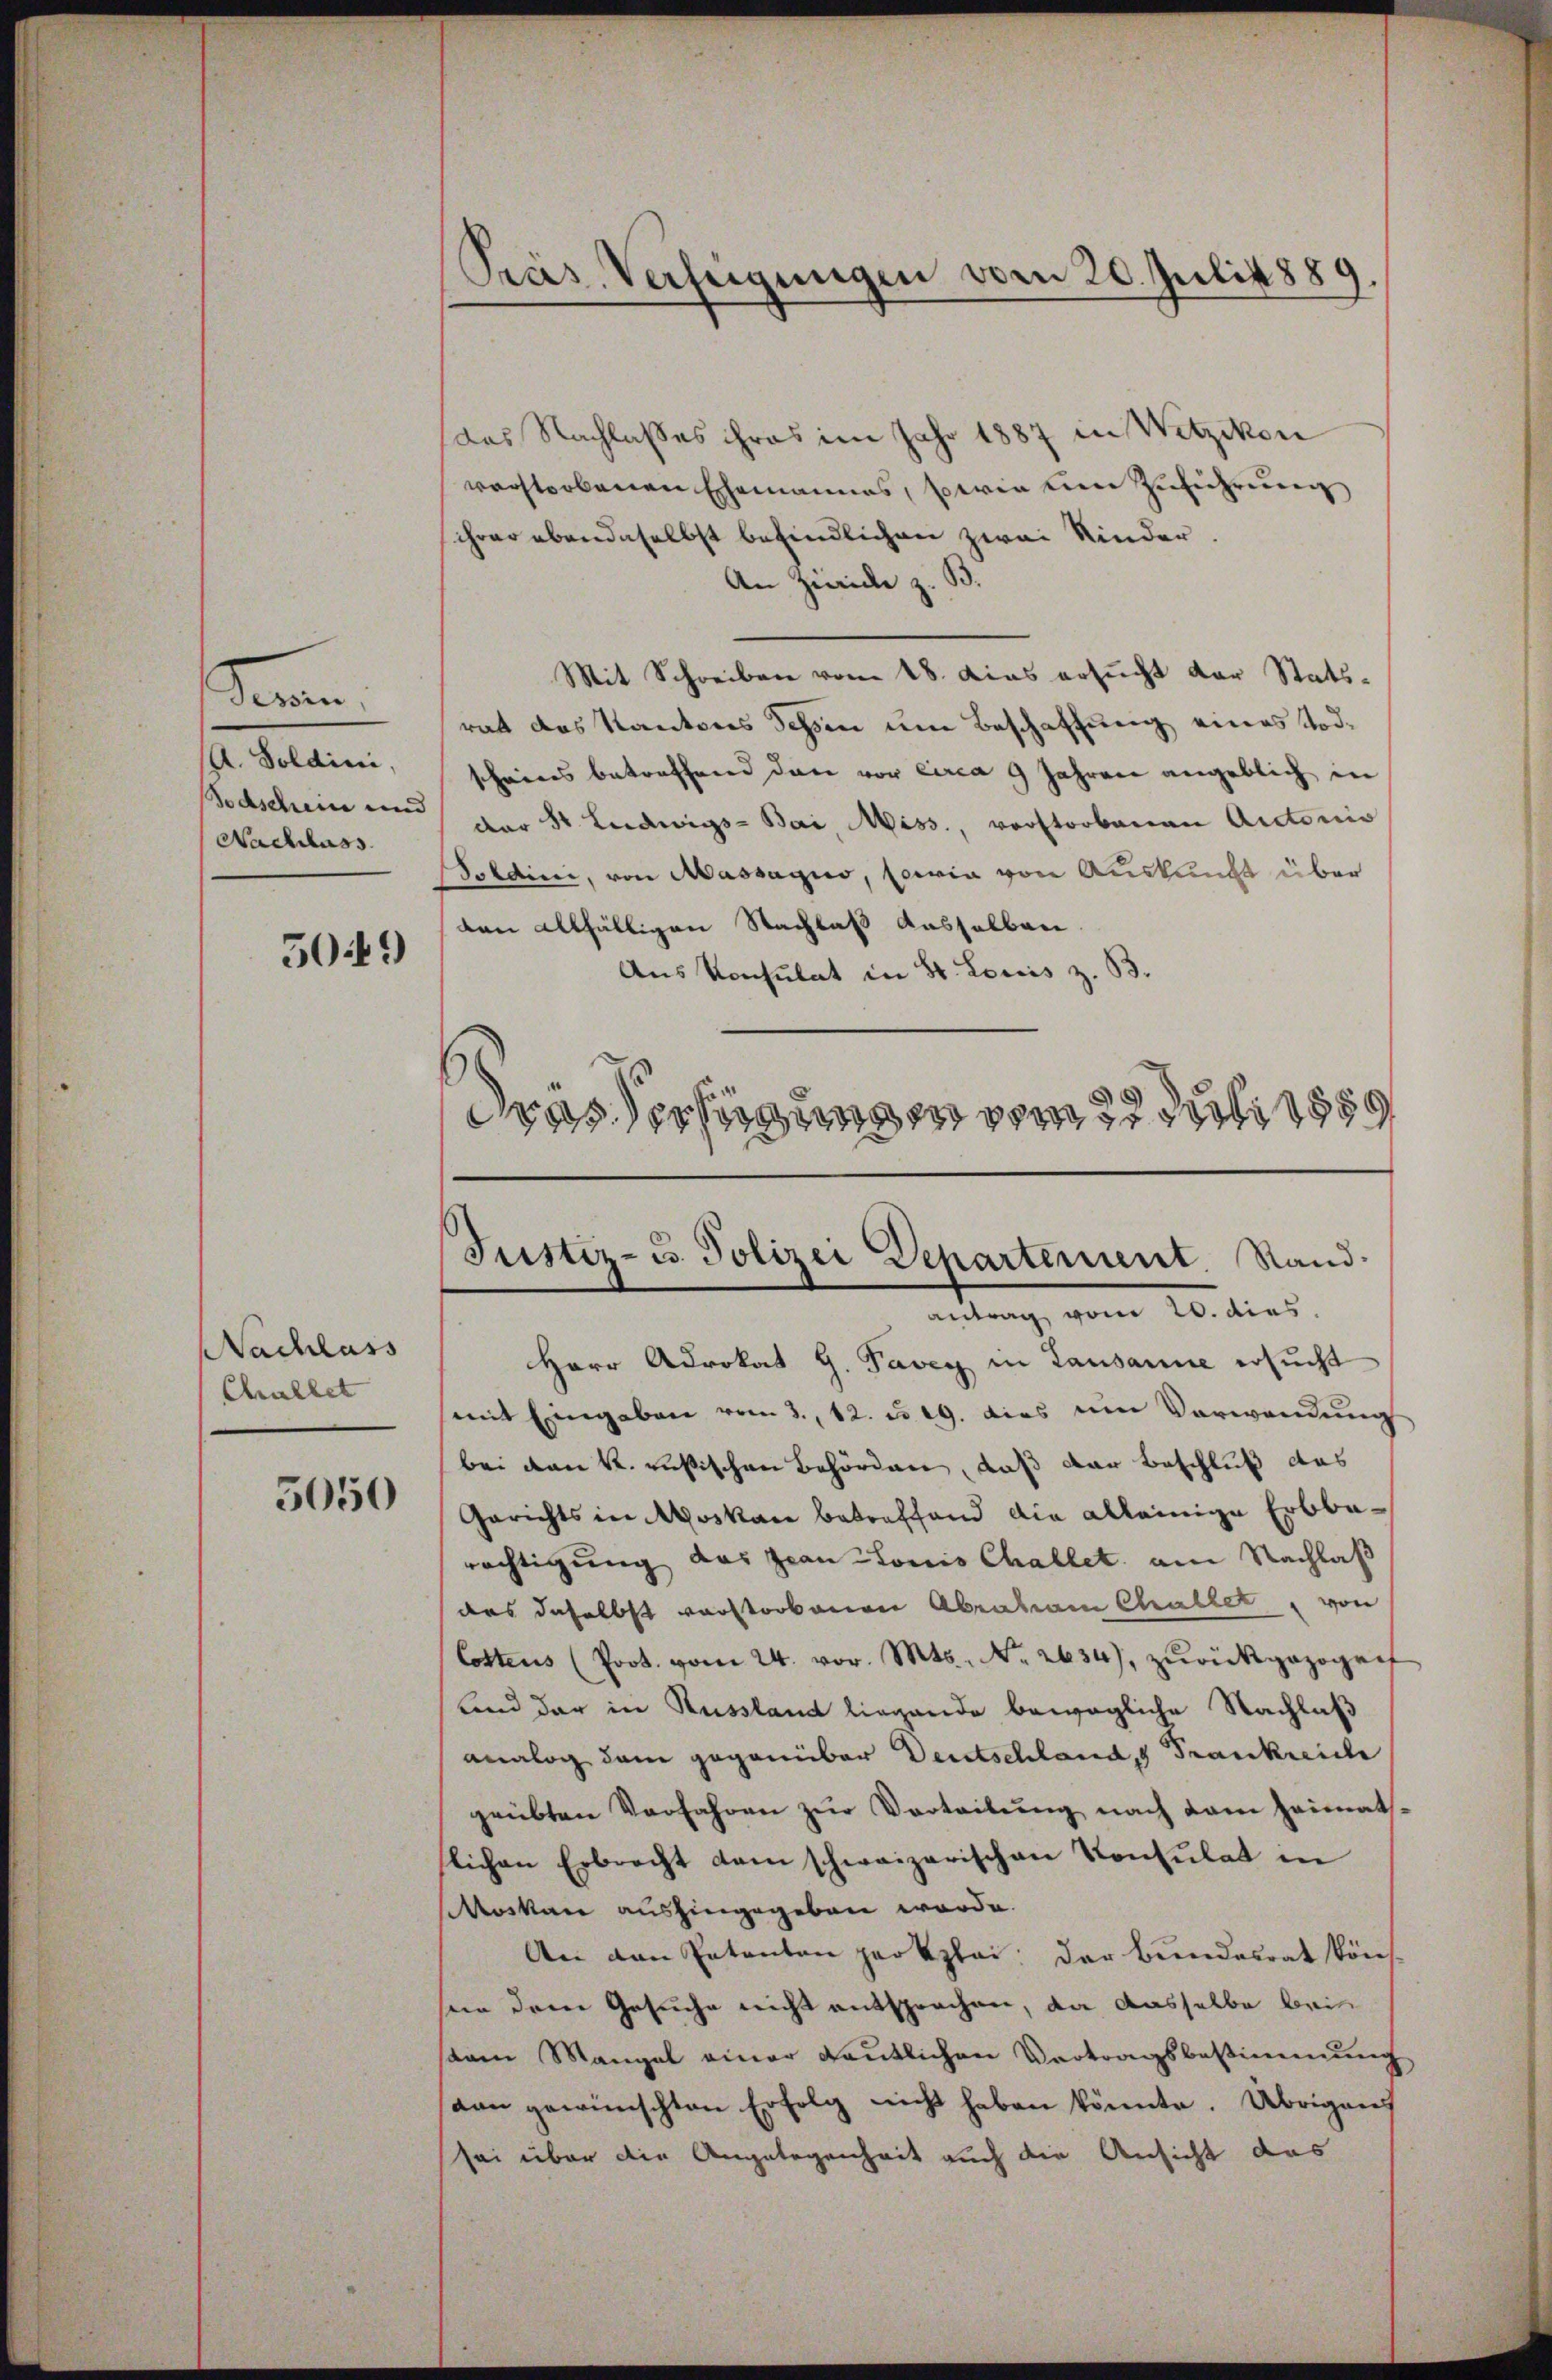
Seren
A. Soldini,
Todschein und
Nachlass

509)

Nachlass
Challet

5050

Pras-Verfügungen vom 20. Juli 1889.

das Nachlaßes ihres im Jahr 1887 in Wetzikon
verstorbenen Ehemannes, sowie eine Zuführung
schwer ebendaselbst befindlichen zwei Kinder.
An Zürich z. B.
Mit Schreiben vom 18. Das ersucht der Statsrat das Kantons Schen um Beschaffung eines Todscheines betreffend dann vor circa 9 Jahren angeblich in
der St. Ludwigs-Bai, Miss., verstorbenen Autoris
Soldini, von Massagio, sowia von Auskunft über
den allfälligen Nachlaß dasselben.
Aus Konsulat in St. Louis z. B.
Pras Verfügungen vom 22. Juli 1889

Justiz- u. Polizei Departement. Sandantrag vom 20. dies

Herr Advokat G. Pavey in Lausanne ersucht
mit Eingaben vom 3., 12. d. 19. dies im Verwandŭng
bei den k. russischen Behörden, daß der Beschluß das
Gerichts in Moskau betreffend die alleinige Erbbarächtigung das Jean Stonis Challet am Nachlaß
das daselbst verstorbenen Abraham Challet, von
Cottens (Prot. vom 24. vor. Mts. No. 2634), zurückgezogen
Land der in Russland liegende bewegliche Nachlaß
analog dem gegenüber Deutschland, Frankreiche
geübten Verfahren zur Vertreitung nach dem Heimatsflichen Erbrecht dem schweizerischen Konsulat in
Moskau aushingegeben werde.
An den Patenten per klei: der Bundesrat könnn dem Gesuche nicht entsprochen, da dasselbe brin
tem Mangel einer deutlichen Vertragsbestimmung
dan gewünschten Erfolg nicht haben könnte. Übrigens
sei über die Angelegenheit auch die Ansicht das